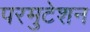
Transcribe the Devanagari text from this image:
परमुटेशन